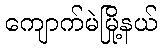
ကျောက်မဲမြို့နယ်